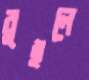
বুইলে